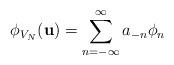
LaTeX: \begin{align*}\phi_{V_N}(\mathbf{u}) = \sum_{n=-\infty}^{\infty} a_{-n}\phi_n\end{align*}